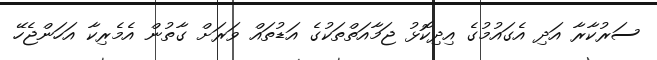
ސަރުކާރާ އަދި އެގައުމުގެ އިދިކޮޅު ޖަމާއަތްތަކުގެ އަޑުތައް ވަރަށް ގާތުން އެމެރިކާ އަހަންޖެހޭ